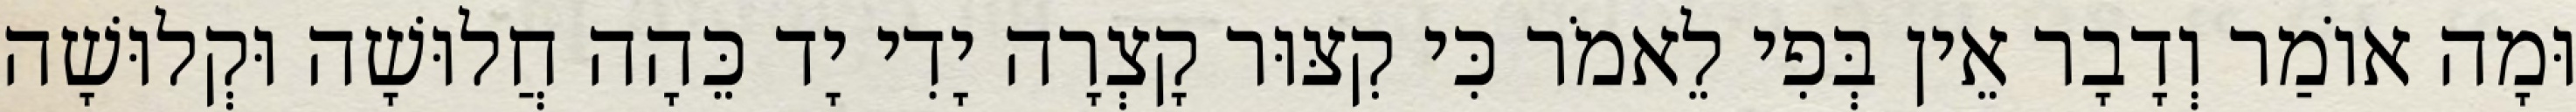
וּמָה אוֹמַר וְדָבָר אֵין בְּפִי לֵאמֹר כִּי קִצּוּר קָצְרָה יָדִי יָד כֵּהָה חֲלוּשָׁה וּקְלוּשָׁה